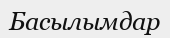
Басылымдар